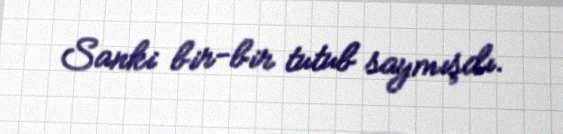
Sanki bir-bir tutub saymışdı.